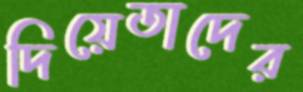
দিয়েতাদের